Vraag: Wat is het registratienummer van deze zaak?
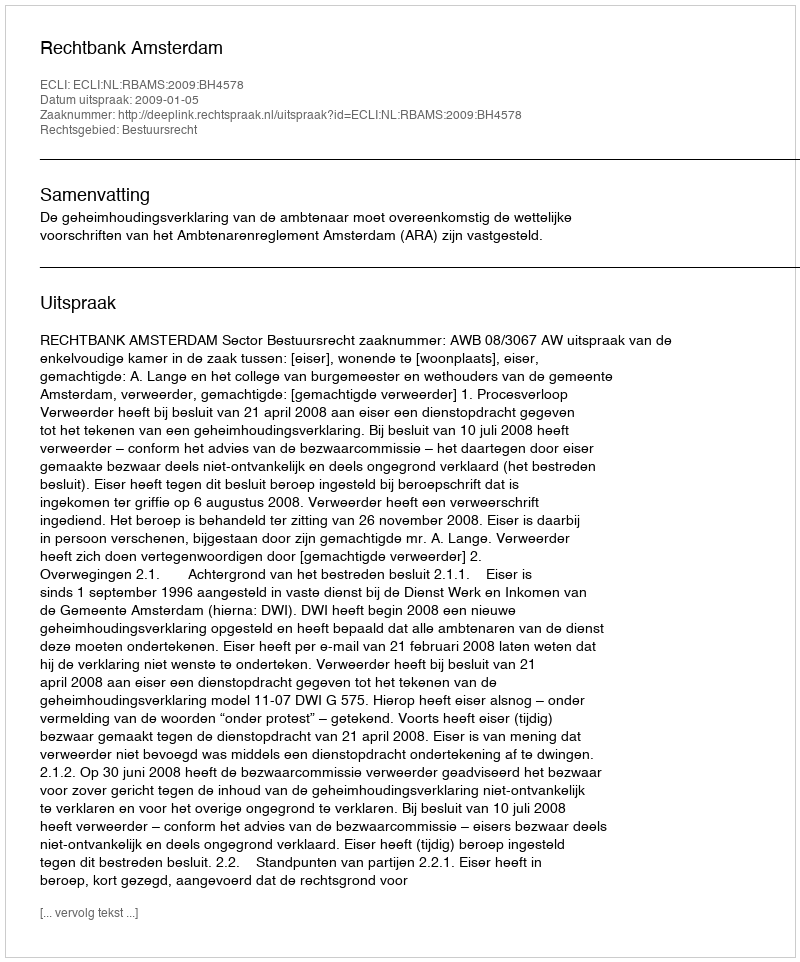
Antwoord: http://deeplink.rechtspraak.nl/uitspraak?id=ECLI:NL:RBAMS:2009:BH4578